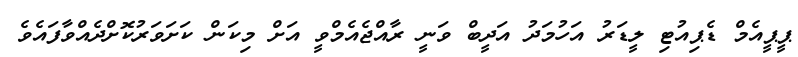
ޕީޕީއެމް ޑެޕިއުޓި ލީޑަރު އަހުމަދު އަދީބް ވަނީ ރާއްޖެއެމްވީ އަށް މިކަން ކަށަވަރުކޮށްދެއްވާފައެވެ